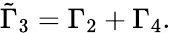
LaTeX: \tilde{\Gamma}_{3}=\Gamma_{2}+\Gamma_{4}.